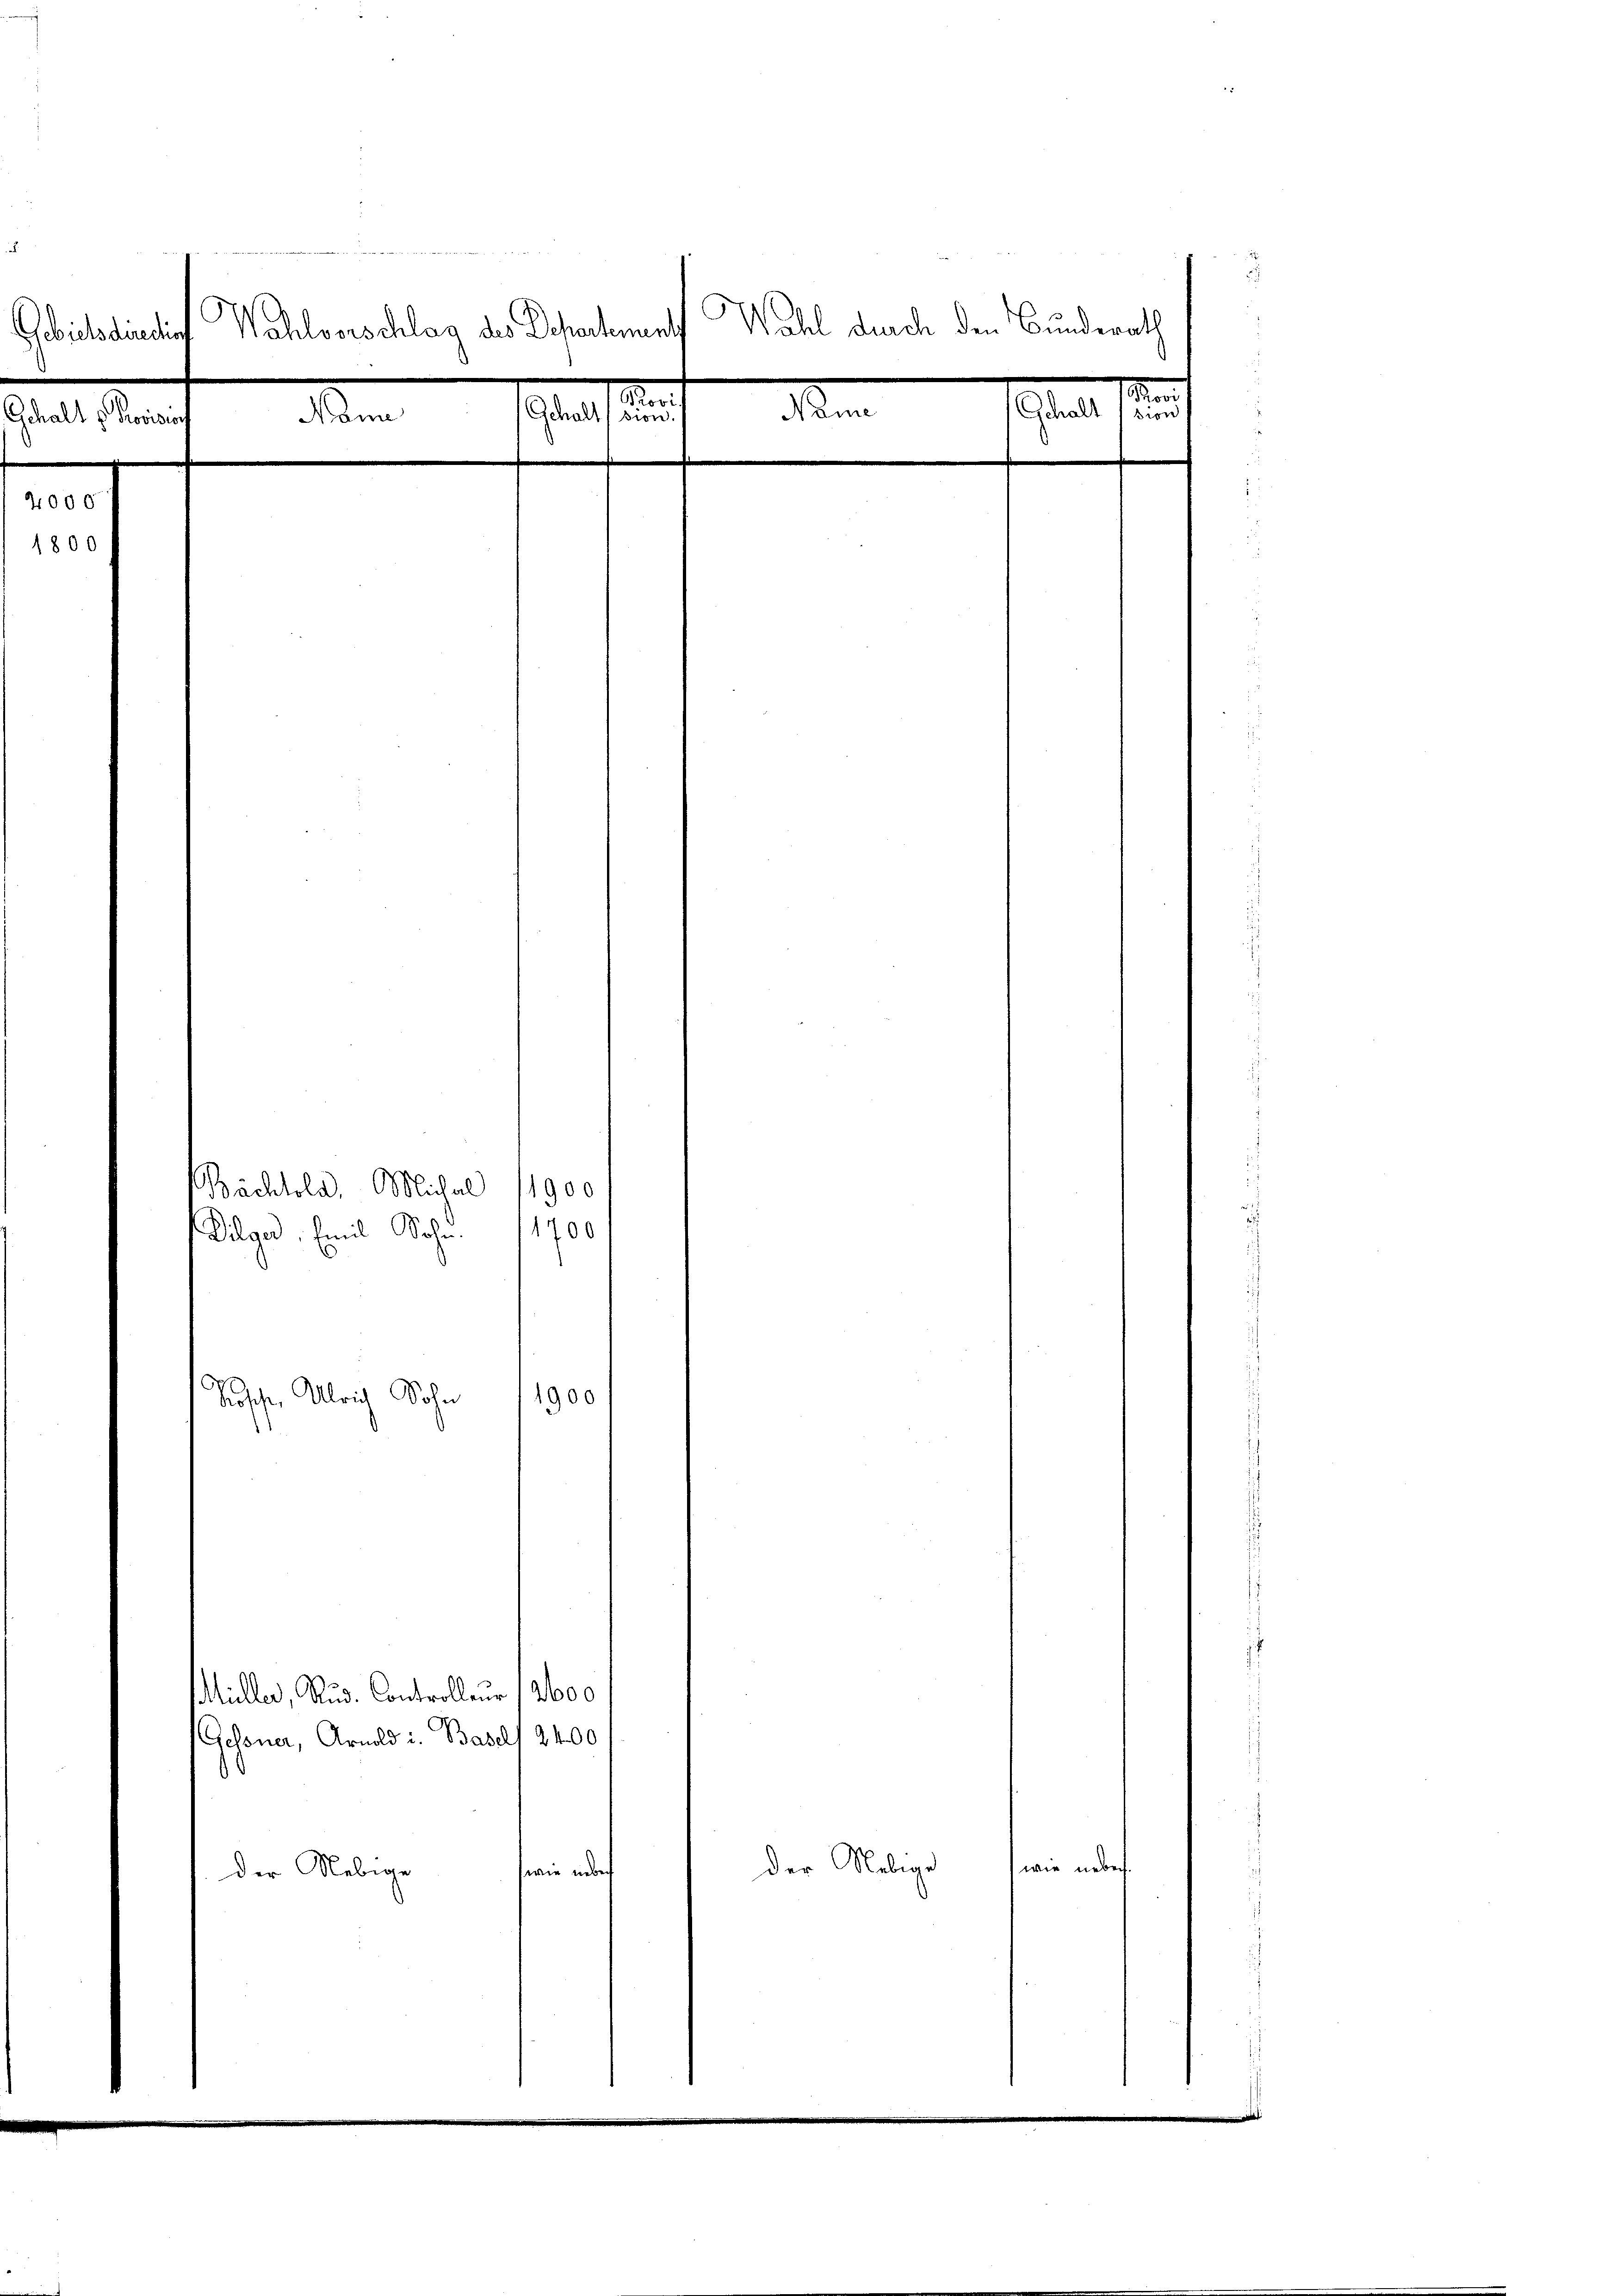
400

s
Wahl durch den Bunderath
Wahlvorschlag des Departement
Gebietsdirectio
e
Man
.
Monat 18
sion
Gehalt v. Provisor Name Gehalt
sion.

.

Bächtold, Michal (1900
Pilger, Emil Sohn. 1700
Tischer Ulrich Sohn
1900

MMüller, Rud. Controlleur (2600
Gessner, Arnold u. Basels 2400
der Nebige
wie neben
der Nebige
ferie ander